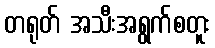
တရုတ် အသီးအရွက်စတူး